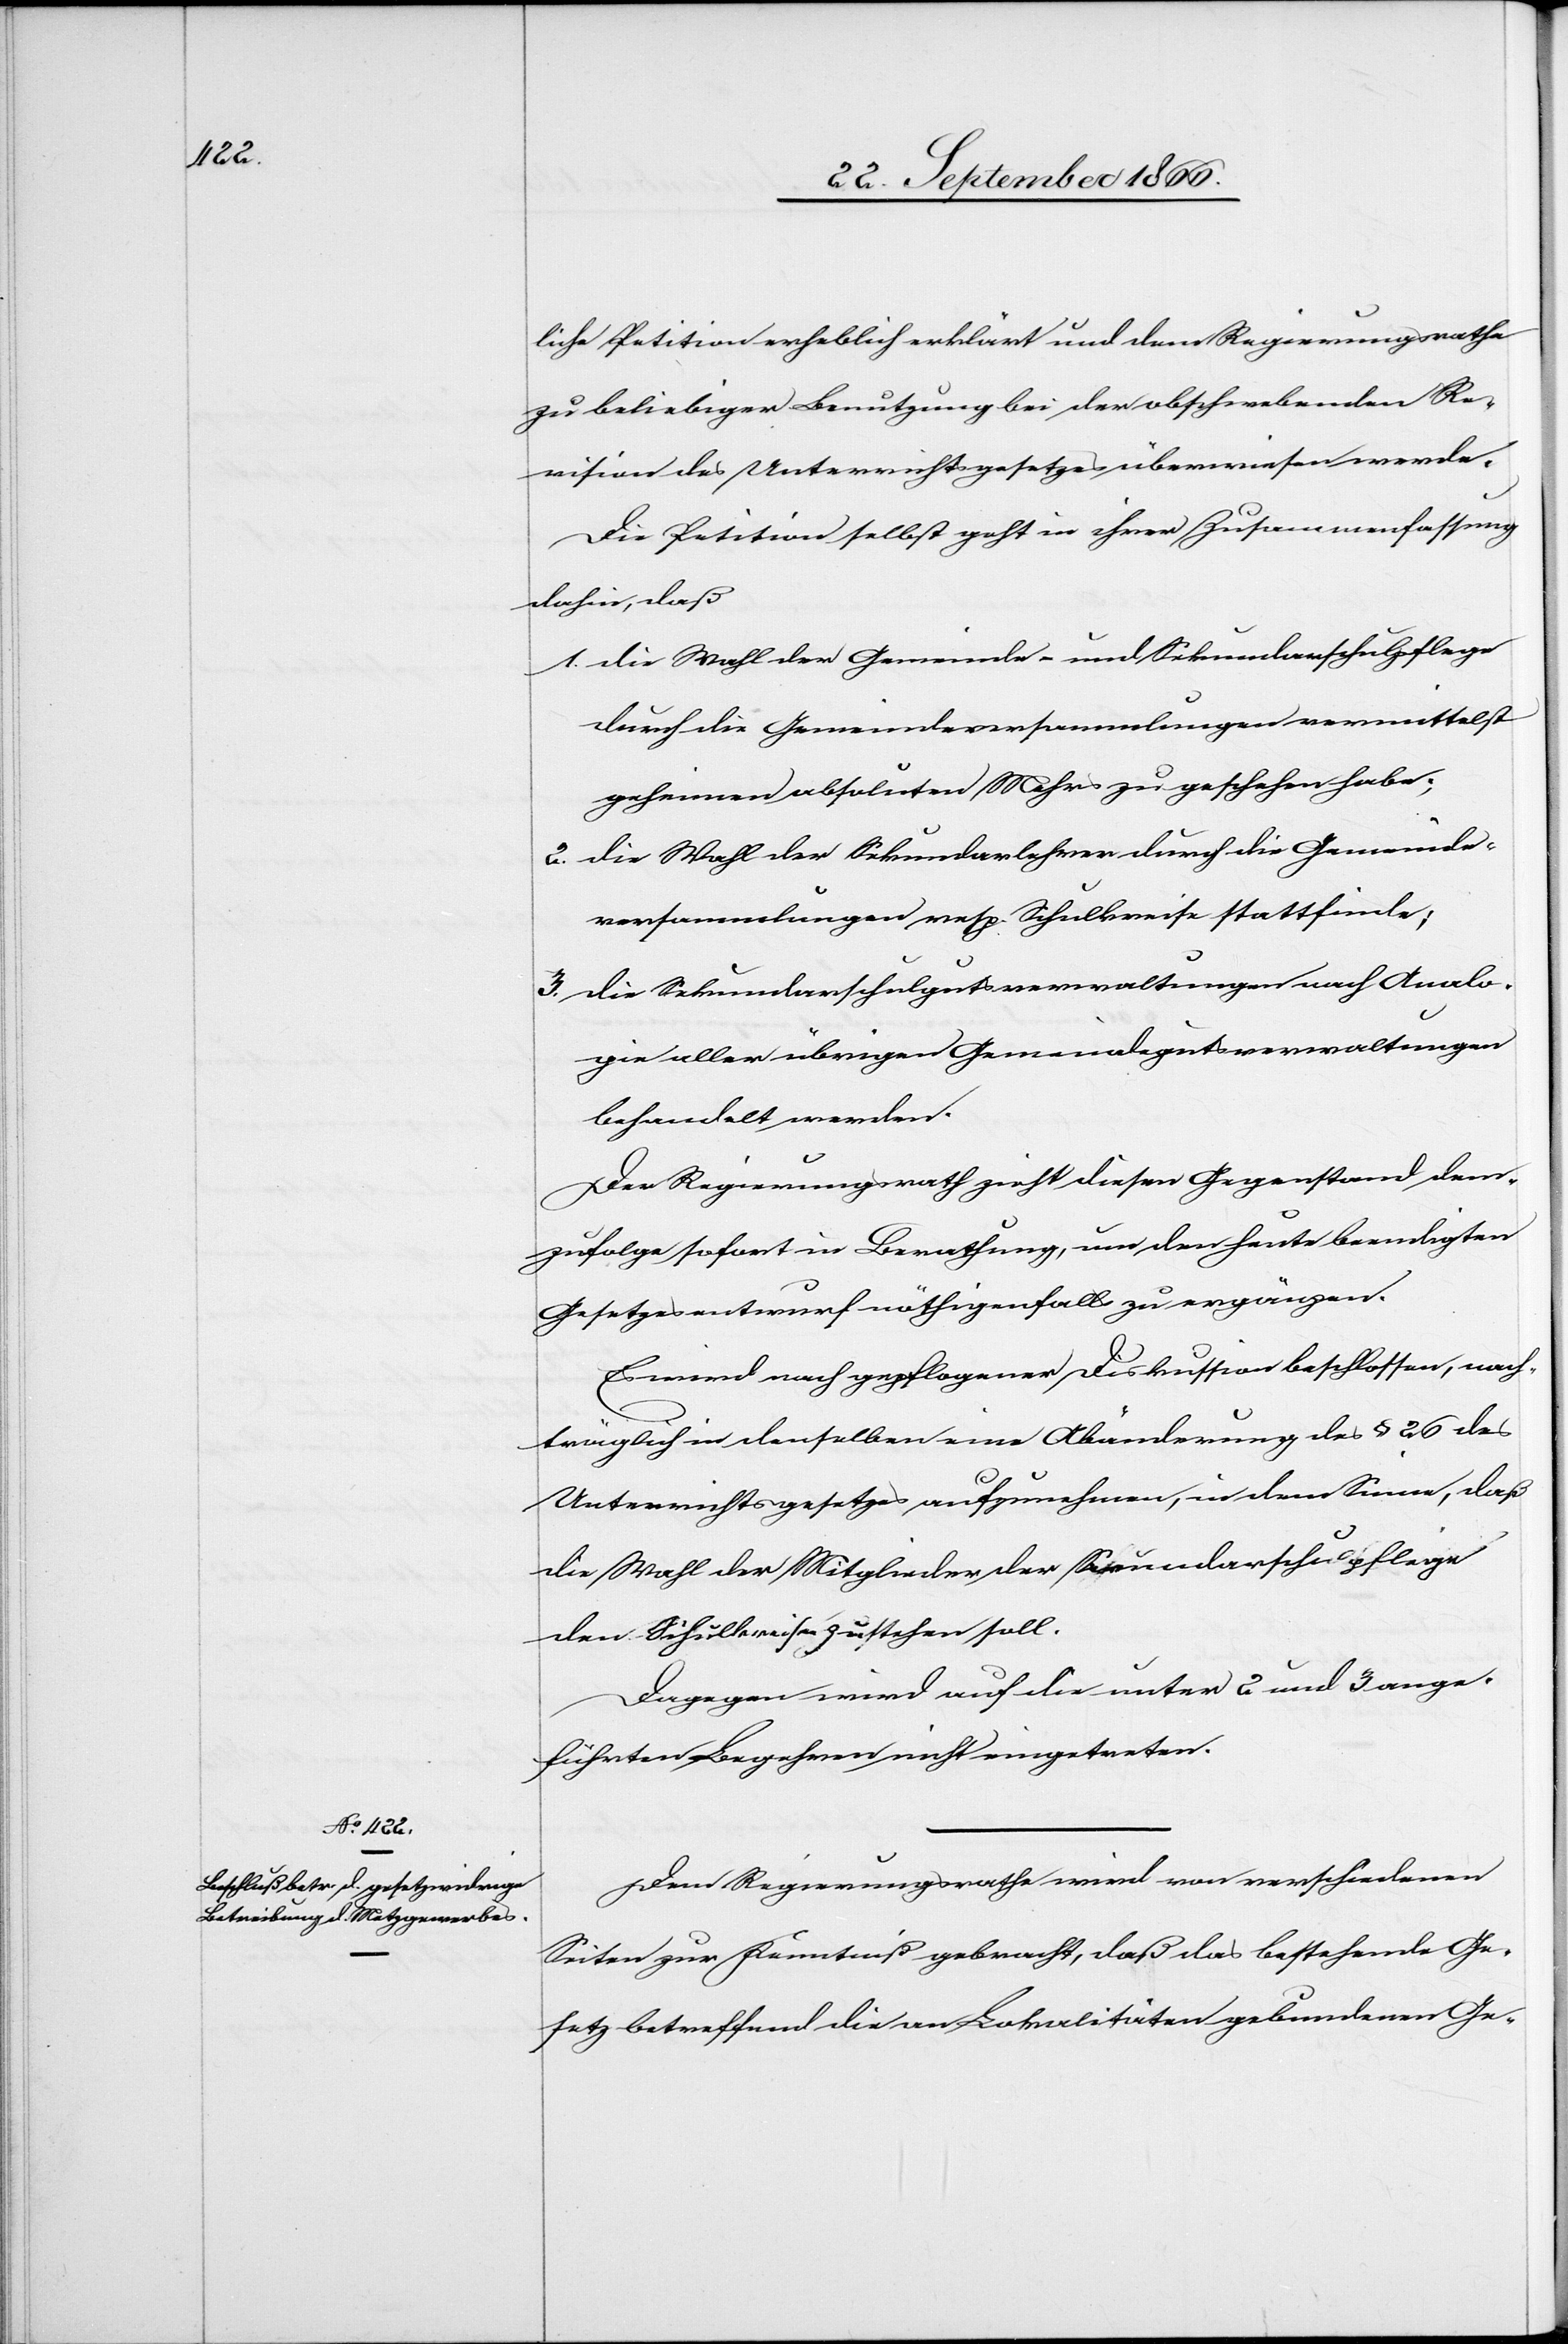
liche Petition erheblich erklärt und dem Regierungsrathe
zu beliebiger Benutzung bei der obschwebenden Re¬
vision des Unterrichtsgesetzes überwiesen werde.
Die Petition selbst geht in ihrer Zusammenfassung
dahin, daß
1. die Wahl der Gemeinde- und Sekundarschulpflege
durch die Gemeindeversammlung vermittelst
geheimer absoluter Mehrs zu geschehen habe;
2. die Wahl der Sekundarlehrer durch die Gemeinde¬
versammlungen resp. Schulkreise stattfinde;
3. die Sekundarschulgutsverwaltungen nach Analo¬
gie aller übrigen Gemeindegutsverwaltungen
behandelt werden.
Der Regierungsrath zieht diesen Gegenstand dem¬
zufolge sofort in Berathung, um den heute beendigten
Gesetzesentwurf nöthigenfalls zu ergänzen.
Es wird nach gepflogener Diskussion beschlossen, nach¬
träglich in den selben eine Abänderung des § 26 des
Unterrichtsgesetzes aufzunehmen, in dem Sinne, daß
die Wahl der Mitglieder der Secundarschulpflege
den Schulkreisen zustehen soll.
Dagegen wird auf die unter 2 und 3 ange¬
führten Begehren nicht eingetreten.
Dem Regierungsrathe wird von verschiedenen
Seiten zur Kenntniß gebracht, daß das bestehende Ge¬
setz betreffend die an Lokalitäten gebundenen Ge-